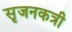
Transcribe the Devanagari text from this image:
सृजनकत्री